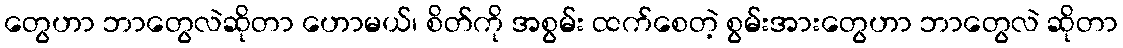
တွေဟာ ဘာတွေလဲဆိုတာ ဟောမယ်၊ စိတ်ကို အစွမ်း ထက်စေတဲ့ စွမ်းအားတွေဟာ ဘာတွေလဲ ဆိုတာ